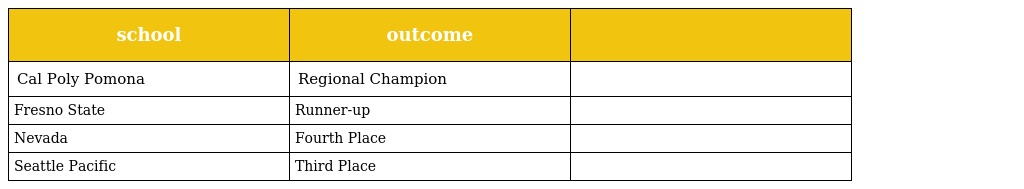
| school | outcome |  |
 | --- | --- | --- |
 | Cal Poly Pomona | Regional Champion |  |
 | Fresno State | Runner-up |  |
 | Nevada | Fourth Place |  |
 | Seattle Pacific | Third Place |  |